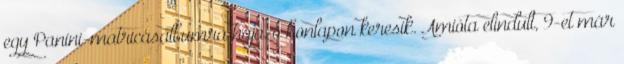
egy Panini-matricásalbumra hajazó honlapon keresik. Amióta elindult, 9-et már